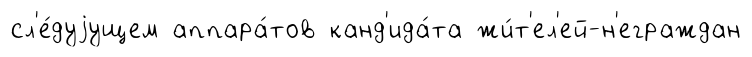
сл'е́дуjущем аппара́тов канд'ида́та жи́т'ел'ей-н'еграждан